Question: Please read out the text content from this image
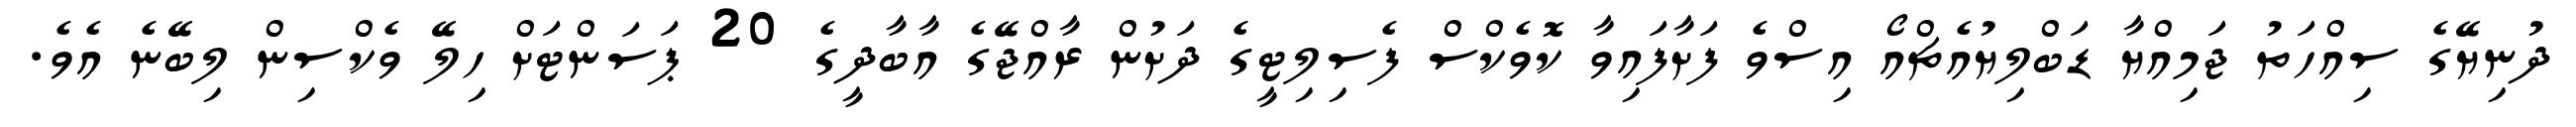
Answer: ދުނިޔޭގެ ސިއްހަތު ޖަމިއްޔާ ޑަބްލިޔުއެޗްއޯ އިސްވެ ފަށާފައިވާ ކޮވެކްސް ފެސިލިޓީގެ ދަށުން ރާއްޖޭގެ އާބާދީގެ 20 ޕަސަންޓަށް ހިލޭ ވެކްސިން ލިބޭނެ އެވެ.